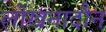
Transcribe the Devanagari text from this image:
लोखनादौन